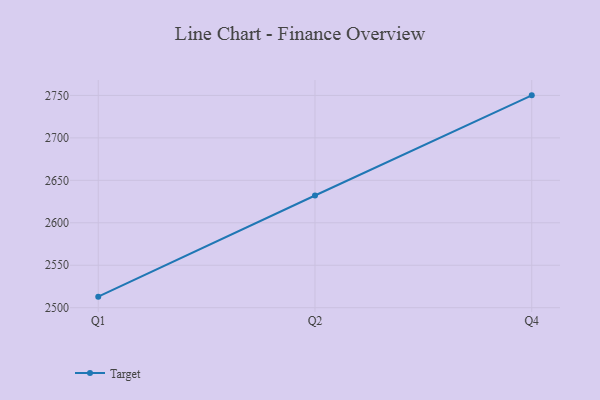
{"axis": {"x": "Quarter", "y": "Shipments"}, "legend": ["Target"], "data": [{"x": "Q1", "y": 2513.0, "type": "Target"}, {"x": "Q2", "y": 2632.1, "type": "Target"}, {"x": "Q4", "y": 2750.1, "type": "Target"}]}